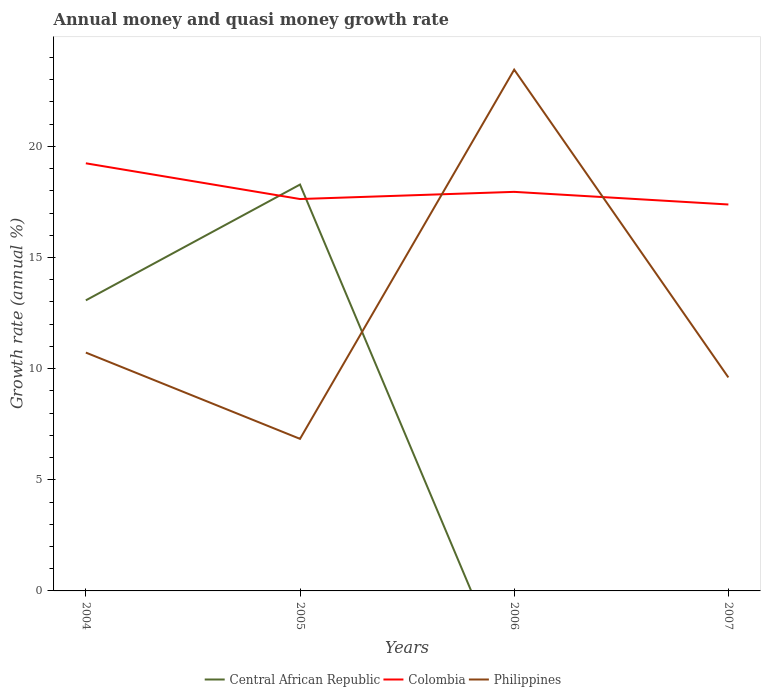
| Years | Central African Republic | Colombia | Philippines |
 | --- | --- | --- | --- |
 | 2004 | 13.1 | 19.2 | 10.7 |
 | 2005 | 18.3 | 17.6 | 6.84 |
 | 2006 | -4.59 | 18 | 23.5 |
 | 2007 | -6.31 | 17.4 | 9.61 |